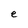
Character: e